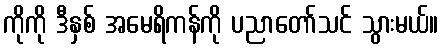
ကိုကို ဒီနှစ် အမေရိကန်ကို ပညာတော်သင် သွားမယ်။